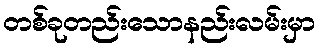
တစ်ခုတည်းသောနည်းလမ်းမှာ